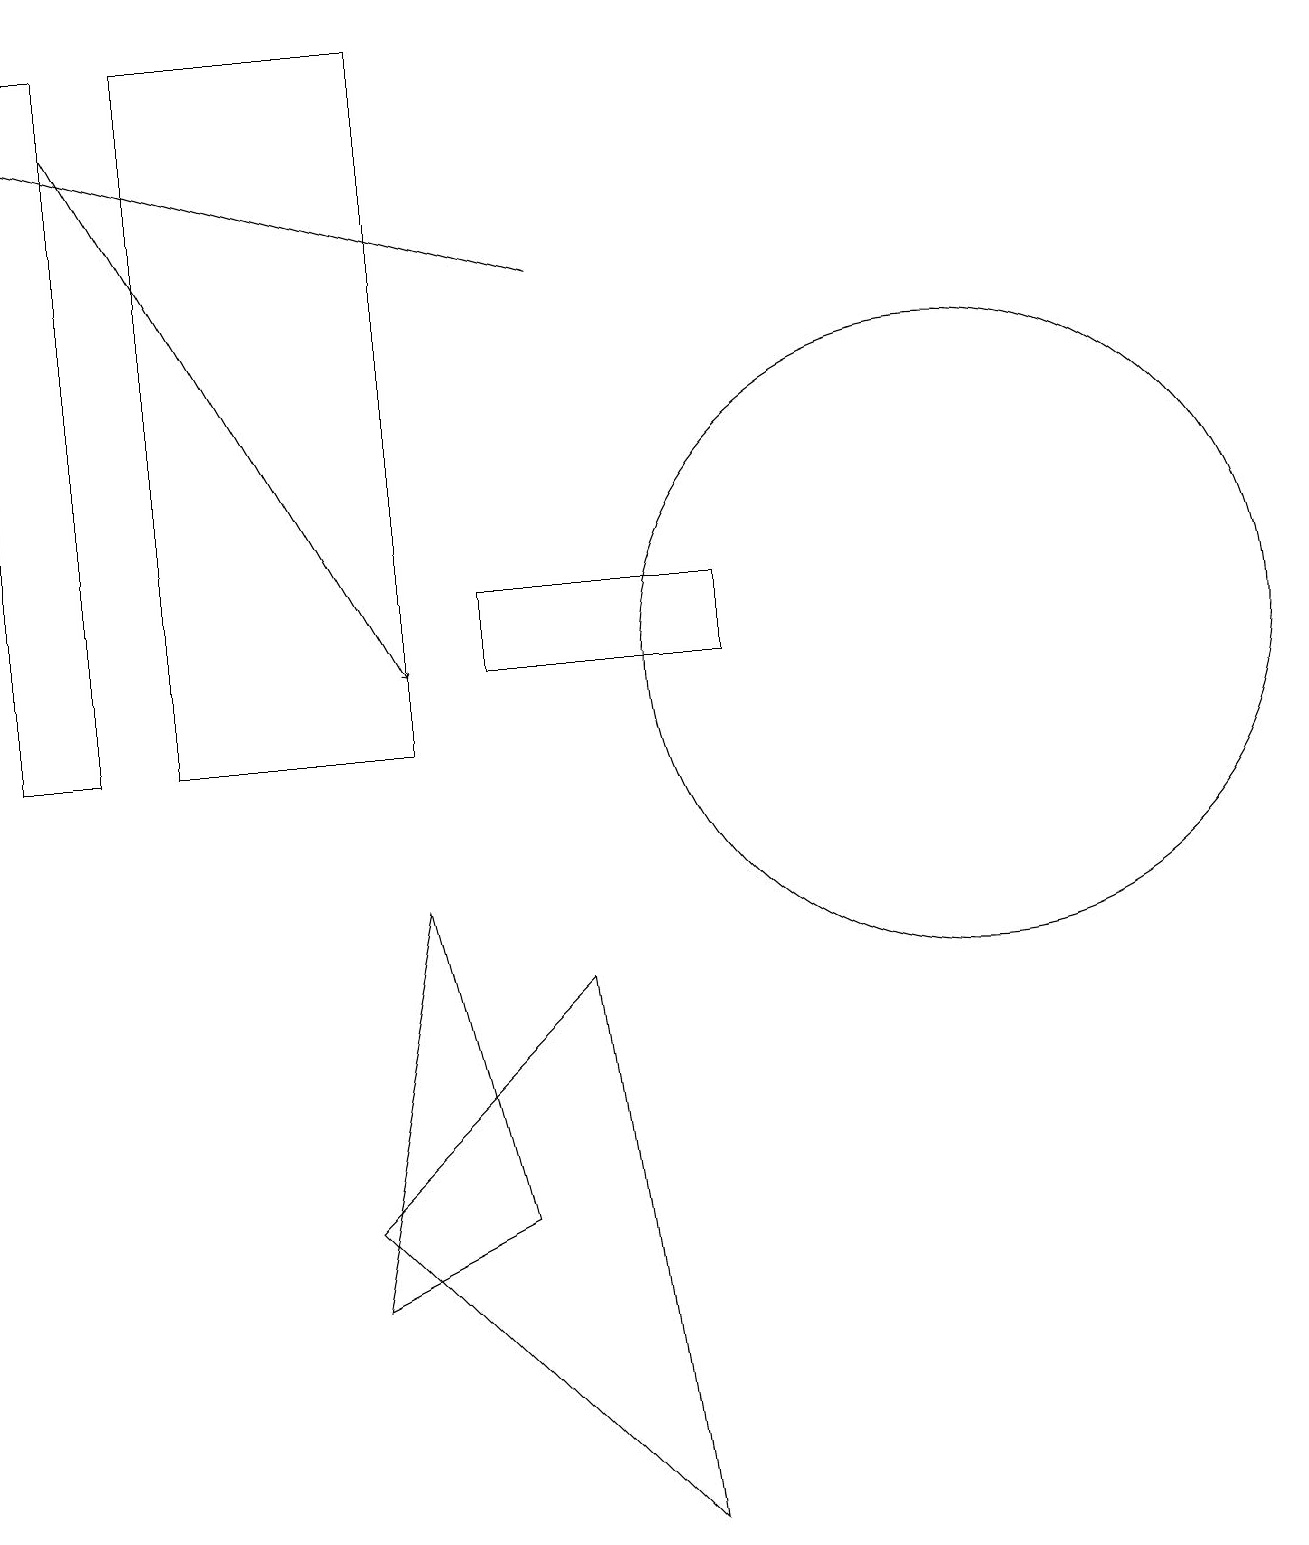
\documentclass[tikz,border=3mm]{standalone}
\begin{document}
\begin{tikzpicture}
\draw (4,3) -- (6,4) -- (5,8) -- cycle;
\draw (0,19) rectangle (1,10);
\draw (2,10) rectangle (5,19);
\draw[->] (1,18) -- (5,11);
\draw (12,11) circle (4);
\draw (8,0) -- (7,7) -- (4,4) -- cycle;
\draw[->] (7,16) -- (0,18);
\draw (9,11) rectangle (6,12);
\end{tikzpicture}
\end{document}